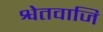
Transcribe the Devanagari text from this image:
श्वेतवाजि